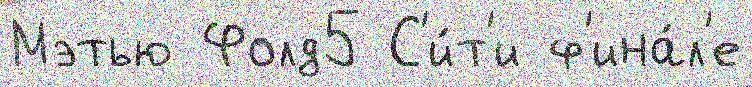
Мэтью Фолд5 С'и́т'и ф'ина́л'е